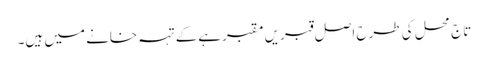
تاج محل کی طرح اصل قبریں مقبرہےکے تہہ خانے میں ہیں۔